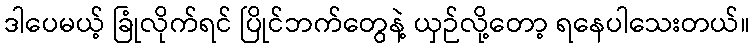
ဒါပေမယ့် ခြုံလိုက်ရင် ပြိုင်ဘက်တွေနဲ့ ယှဉ်လို့တော့ ရနေပါသေးတယ်။